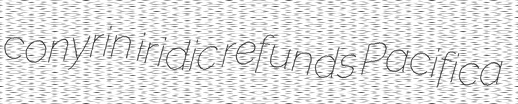
conyrin iridic refunds Pacifica